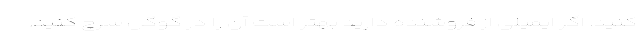
کنید. اگر ایمیلی از فروشنده دارید بهتر است آن را در گوگل سرچ کنید.